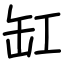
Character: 缸